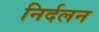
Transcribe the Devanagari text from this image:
निर्दलन